Cholera in southern India
Disease focus: Cholera
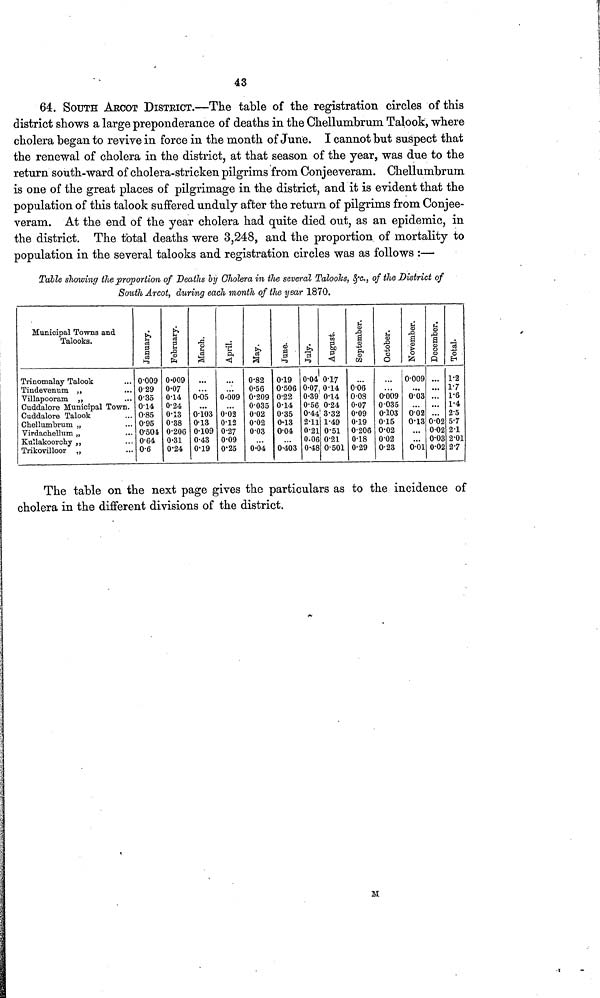
43
64. SOUTH AECOT DISTRICT.—The table of the registration circles of this
district shows a large preponderance of deaths in the Chellumbrum Talook, where
cholera began to revive in force in the month of June. I cannot but suspect that
the renewal of cholera in the district, at that season of the year, was due to the
return south-ward of cholera-stricken pilgrims from Conjeeveram. Chellumbrum
is one of the great places of pilgrimage in the district, and it is evident that the
population of this talook suffered unduly after the return of pilgrims from Conjee-
veram. At the end of the year cholera had quite died out, as an epidemic, in
the district. The total deaths were 3,248, and the proportion of mortality to
population in the several talooks and registration circles was as follows :—
Table showing the proportion of Deaths by Cholera in the several Talooks, &c., of the District of
South Arcot, during each month of the year 1870.
Municipal Towns and
Talooks.
Trinomalay Talook ...
Tindevenum ,, ...
Villapooram ,, ...
Cuddalore Municipal Town.
Cuddalore Talook ...
Chellumbrum „ ...
Virdachellum „ ...
Kullakoorchy ,, ...
Trikovilloor „ ...
January.
0.009
0.29
0.35
0.14
0.85
0.95
0.504
0.64
0.6
February.
0.009
0.07
0.14
0.24
0.13
0.38
0.206
0.31
0.24
March.
...
...
0.05
...
0.103
0.13
0.109
0.43
0.19
April.
...
...
0.009
...
0.02
0.12
0.27
0.09
0.25
May.
0.82
0.56
0.209
0.035
0.02
0.02
0.03
...
0.04
June.
0.19
0.506
0.22
0.14
0.35
0.13
0.04
...
0.403
July.
0.04
0.07
0.39
0.56
0.44
2.11
0.21
0.06
0.48
August.
0.17
0.14
0.14
0.24
3·32
1.49
0.51
0.21
0.501
September.
...
0.06
0.08
0.07
0.09
0.19
0.206
0.18
0.29
October.
...
...
0.009
0.035
0.103
0.15
0.02
0.02
0.23
November.
0.009
...
0.03
...
0.02
0.13
...
...
0.01
December.
...
...
...
...
...
0.02
0.02
0.03
0.02
Total.
1·2
1.7
1·6
1·4
2.5
5·7
2.1
2.01
2.7
The table on the next page gives the particulars as to the incidence of
cholera in the different divisions of the district.